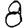
Digit: 8